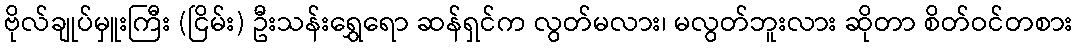
ဗိုလ်ချုပ်မှူးကြီး (ငြိမ်း) ဦးသန်းရွှေရော ဆန်ရှင်က လွတ်မလား၊ မလွတ်ဘူးလား ဆိုတာ စိတ်ဝင်တစား